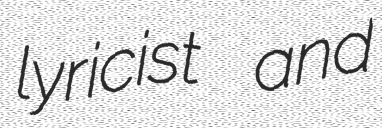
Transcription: lyricist and